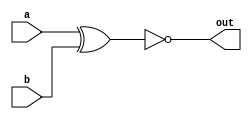
module xnor_gate( 
    input a, 
    input b, 
    output out );

    assign out = ~(a^b);
endmodule

module xnor_gate_tb;
  // Inputs
  reg a, b;

  // Output
  wire y;

  // Instantiate the NOR gate
  xnor_gate xnor_gate_instance (
    .a(a),
    .b(b),
    .out(y)
  );

initial begin
  $dumpfile("xnor-gate.vcd");
  $dumpvars(0, xnor_gate_tb);
end

  // Test case
  initial begin
    // Set input values
    a = 0;
    b = 0;
    $display("Input: a = %b, b = %b", a, b);
    #5;

    // Check output
    $display("Output: y = %b", y);

    // Set input values
    a = 0;
    b = 1;
    $display("Input: a = %b, b = %b", a, b);
    #5;

    // Check output
    $display("Output: y = %b", y);

    // Set input values
    a = 1;
    b = 0;
    $display("Input: a = %b, b = %b", a, b);
    #5;

    // Check output
    $display("Output: y = %b", y);

    // Set input values
    a = 1;
    b = 1;
    $display("Input: a = %b, b = %b", a, b);
    #5;

    // Check output
    $display("Output: y = %b", y);
  end
endmodule